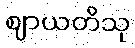
ဈာယတိသု